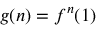
g ( n ) = f ^ { n } ( 1 )